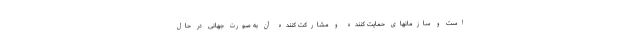
است و سازمانهای حمایت کننده و مشارکت کننده آن به صورت جهانی در حال